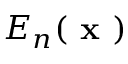
E _ { n } ( \textbf { x } )